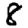
Digit: 8